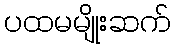
ပထမမျိုးဆက်